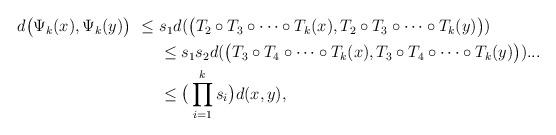
LaTeX: \begin{align*}\begin{aligned}d\big(\Psi_k(x),\Psi_k(y)\big)\ \le\ & s_1 d(\big(T_2 \circ T_3 \circ \dots \circ T_k(x),T_2 \circ T_3 \circ \dots \circ T_k(y)\big)) \\& \le s_1s_2d(\big(T_3 \circ T_4 \circ \dots \circ T_k(x),T_3 \circ T_4 \circ \dots \circ T_k(y)\big)) ... \\& \le \big(\prod_{i=1}^k s_i\big) d(x,y),\end{aligned}\end{align*}